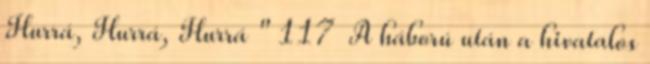
Hurrá, Hurrá, Hurrá " 117 A háború után a hivatalos